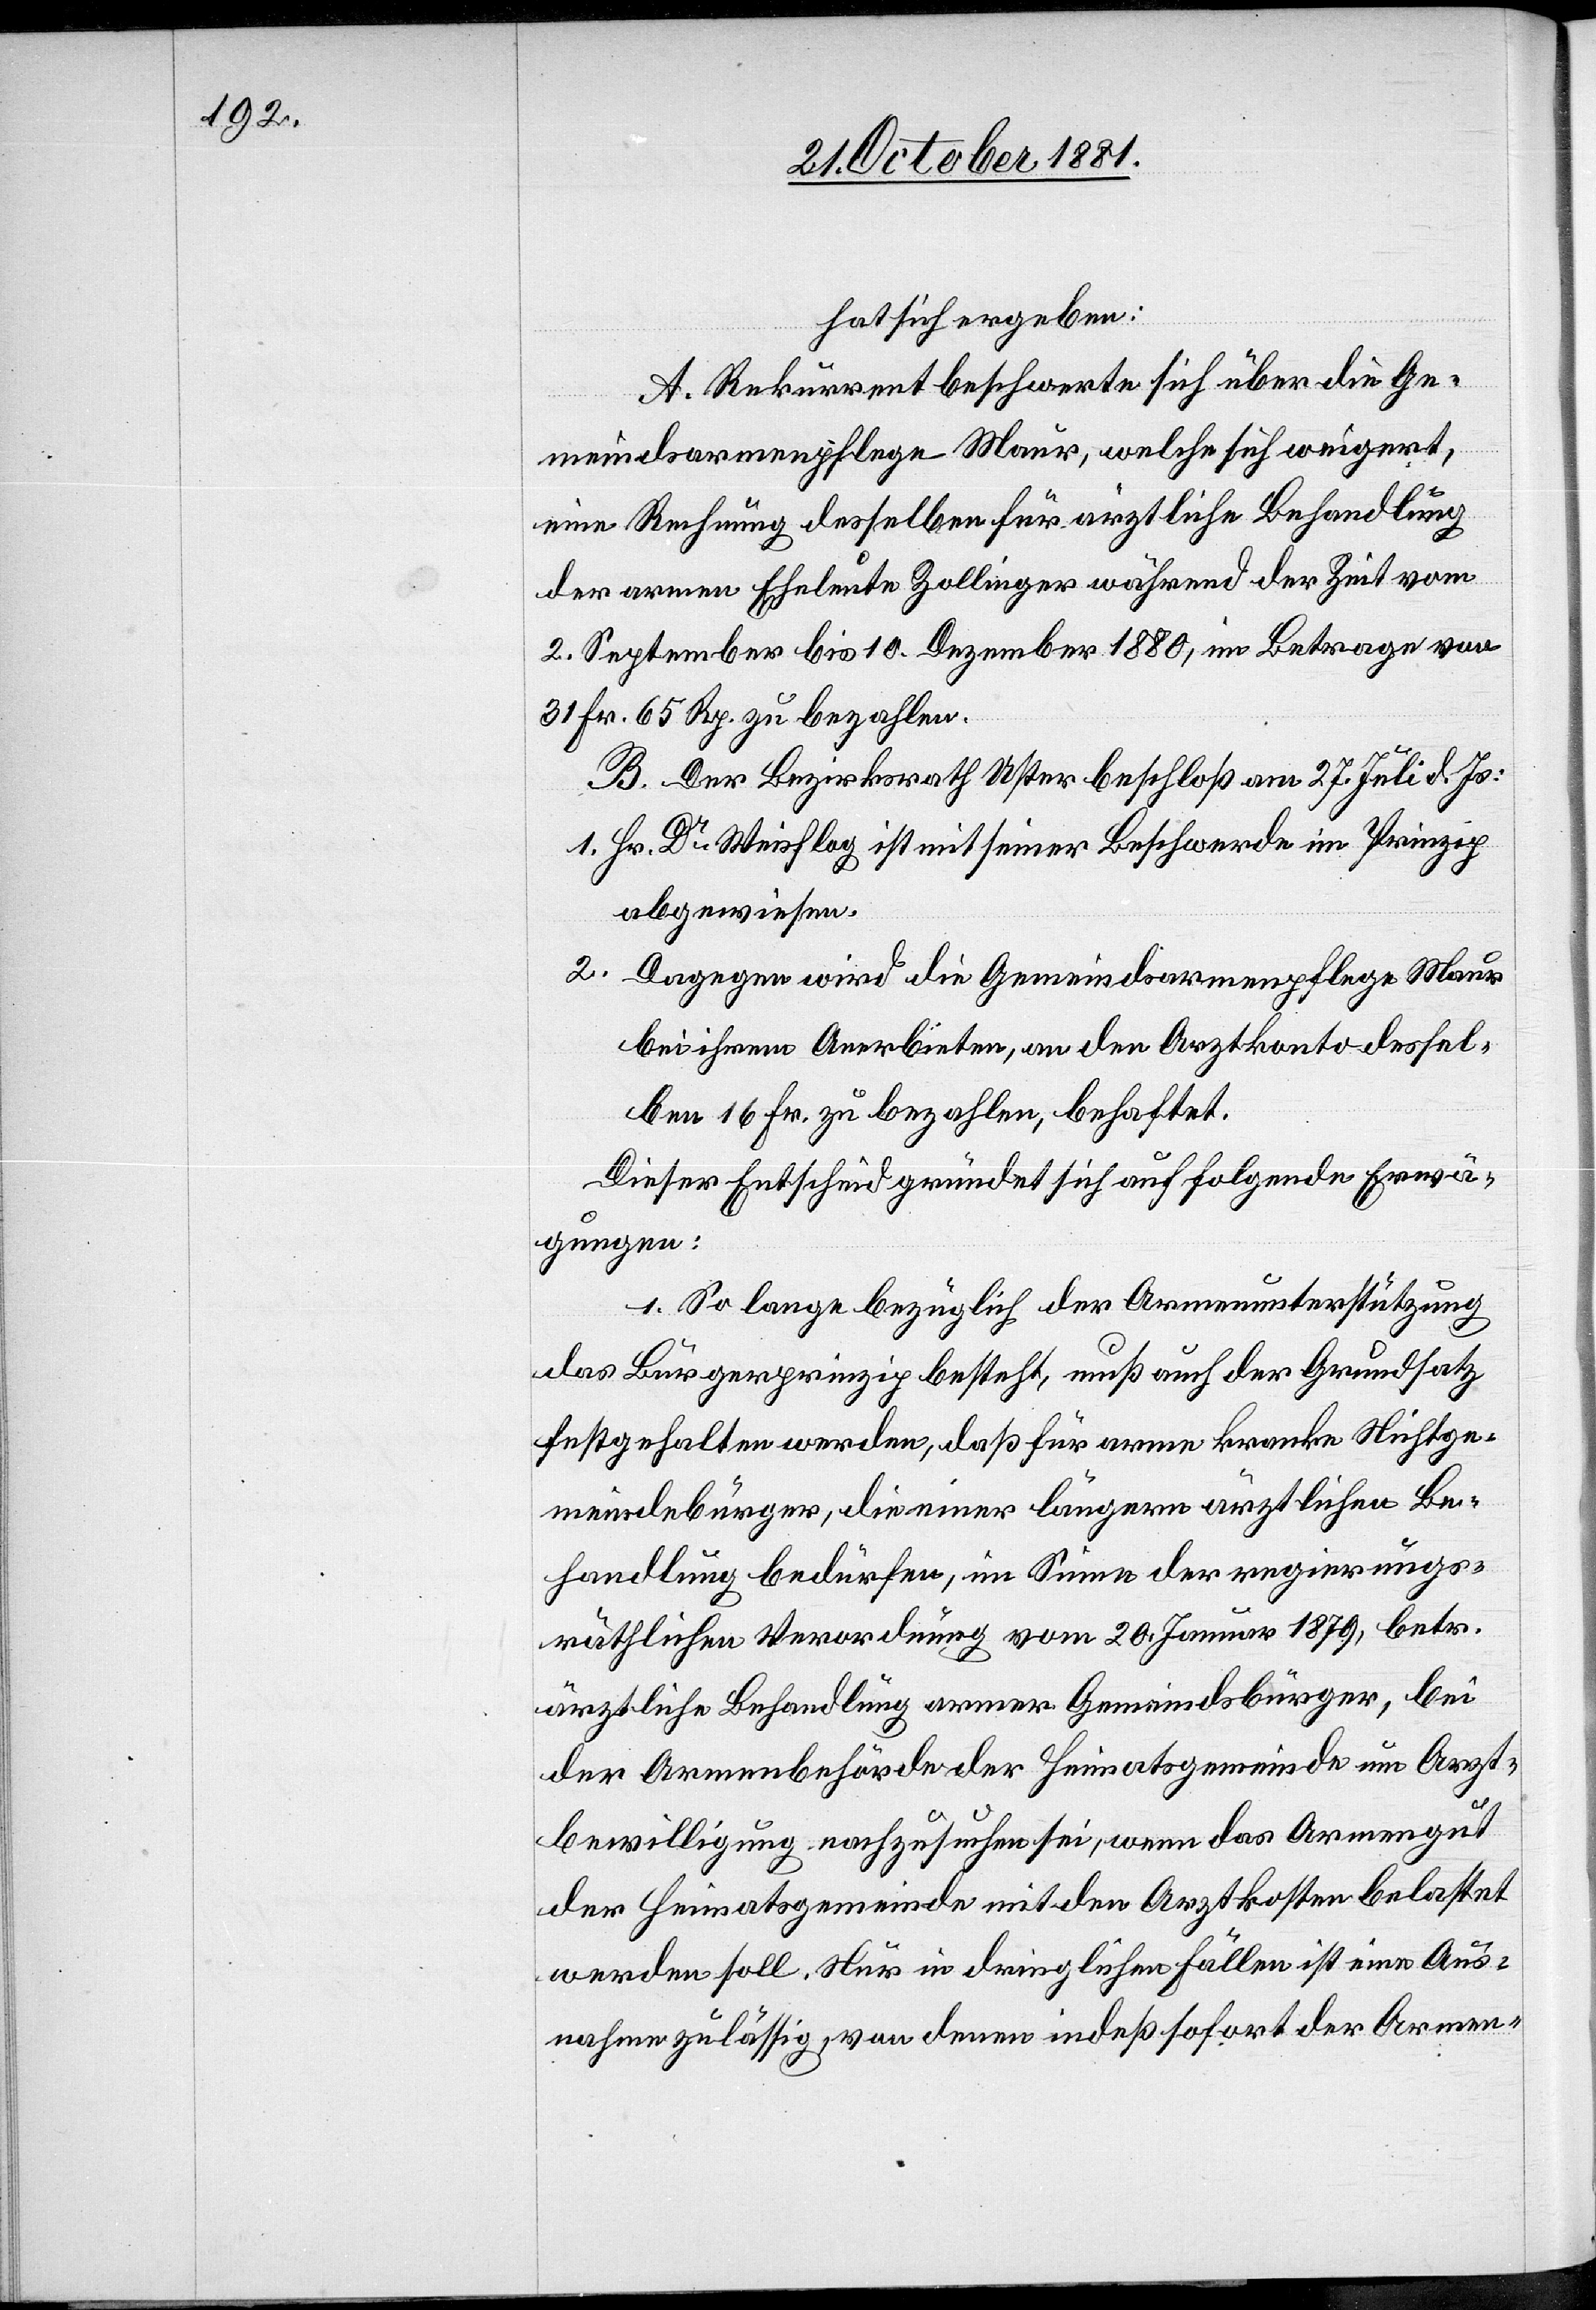
hat sich ergeben:
A. Rekurrent beschwerte sich über die Ge¬
meindsarmenpflege Maur, welche sich weigert,
eine Rechnung desselben für ärztliche Behandlung
der armen Eheleute Zollinger während der Zeit vom
2. September bis 10. Dezember 1880, im Betrage von
31 Fr. 65 Rp. zu bezahlen.
B. Der Bezirksrath Uster beschloß am 27. Juli d. Js.:
1. Hr. Dr Weisflog ist mit seiner Beschwerde im Prinzip
abgewiesen.
2. Dagegen wird die Gemeindsarmenpflege Maur
bei ihrem Anerbieten, an den Arztkonto dessel¬
ben 16 Fr. zu bezahlen, behaftet.
Dieser Entscheid gründet sich auf folgende Erwä¬
gungen:
1. so lange bezüglich der Armenunterstützung
das Bürgerprinzip besteht, muß auch der Grundsatz
festgehalten werden, daß für arme kranke Nichtge¬
meindebürger, die einer längern ärztlichen Be¬
handlung bedürfen, im Sinne der regierungs¬
räthlichen Verordnung vom 20. Januar 1879, betr.
ärztliche Behandlung armer Gemeindsbürger, bei
der Armenbehörde der Heimatsgemeinde um Arzt¬
bewilligung nachzusuchen sei, wenn das Armengut
der Heimatsgemeinde mit den Arztkosten belastet
werden soll. Nur in dringlichen Fällen ist eine Aus¬
nahme zulässig, von denen indeß sofort der Armen-